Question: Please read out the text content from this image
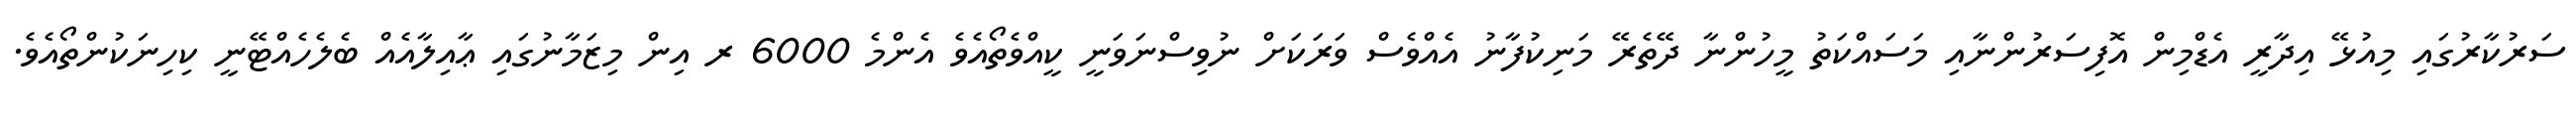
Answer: ސަރުކާރުގައި މިއުޅޭ އިދާރީ އެޑްމިން އޮފިސަރުންނާއި މަސައްކަތު މީހުންނާ ދޭތެރޭ މަނިކުފާނު އެއްވެސް ވަރަކަށް ނުވިސްނަވަނީ ކީއްވެތޯއެވެ އެންމެ 6000 ރ އިން މިޒަމާނުގައި ޢާއިލާއެއް ބެލެހެއްޓޭނީ ކިހިނަކުންތޯއެވެ.